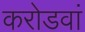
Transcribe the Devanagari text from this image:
करोडवां